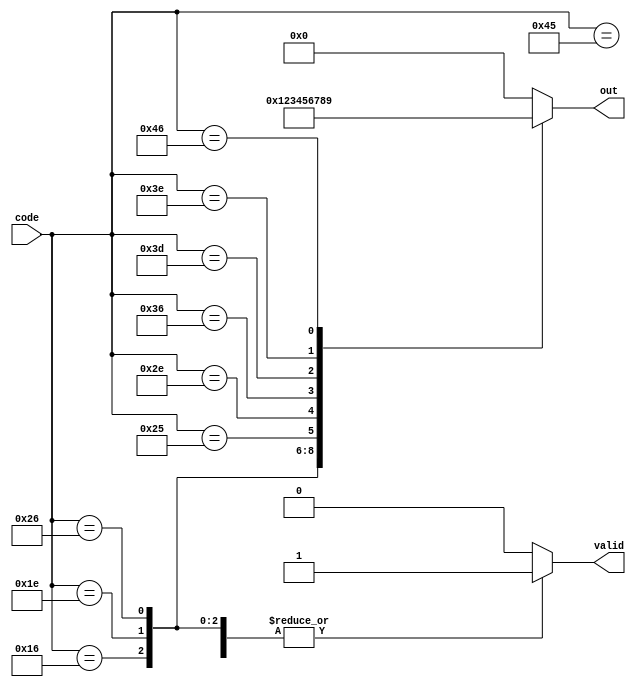
//https://hdlbits.01xz.net/wiki/Bugs_case


module top_module (
    input [7:0] code,
    output reg [3:0] out,
    output reg valid );//

    always @(*)begin
 		valid=1;
        case (code)
            8'h45: out = 4'd0;
            8'h16: out = 4'd1;
            8'h1e: out = 4'd2;
            8'h26: out = 4'd3;
            8'h25: out = 4'd4;
            8'h2e: out = 4'd5;
            8'h36: out = 4'd6;
            8'h3d: out = 4'd7;
            8'h3e: out = 4'd8;
            8'h46: out = 4'd9;
            default: begin
                out = 4'd0;
                valid = 0;
            end
        endcase
    end
endmodule